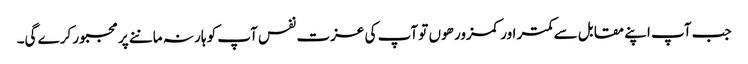
جب آپ اپنے مقابل سے کمتر اور کمزور هوں تو آپ کی عزت نفس آپ کو ہار نہ ماننے پر مجبور کرے گی۔